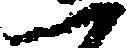
一